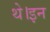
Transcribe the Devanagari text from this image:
थे।इन